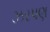
ઝરપણ